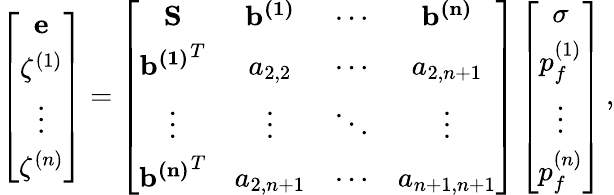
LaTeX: \left[\begin{array}{c}{\mathbf{e}}\\ {\zeta^{(1)}}\\ {\vdots}\\ {\zeta^{(n)}}\end{array}\right]=\left[\begin{array}{cccc}{\mathbf{S}}&{\mathbf{b^{(1)}}}&{\cdots}&{\mathbf{b^{(n)}}}\\ {{\mathbf{b^{(1)}}}^{T}}&{a_{2,2}}&{\cdots}&{a_{2,n+1}}\\ {\vdots}&{\vdots}&{\ddots}&{\vdots}\\ {{\mathbf{b^{(n)}}}^{T}}&{a_{2,n+1}}&{\cdots}&{a_{n+1,n+1}}\end{array}\right]\left[\begin{array}{c}{\mathbf{\sigma}}\\ {p_{f}^{(1)}}\\ {\vdots}\\ {p_{f}^{(n)}}\end{array}\right]\, ,